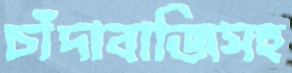
চাঁদাবাজিসহ